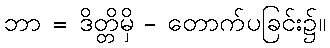
ဘာ = ဒိတ္တိမှိ - တောက်ပခြင်း၌။